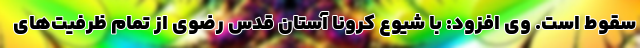
سقوط است. وی افزود: با شیوع کرونا آستان قدس رضوی از تمام ظرفیت‌های